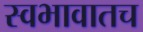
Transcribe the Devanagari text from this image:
स्वभावातच